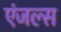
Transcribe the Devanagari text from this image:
एंजल्‍स